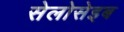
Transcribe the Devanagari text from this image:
सेलोसेइब